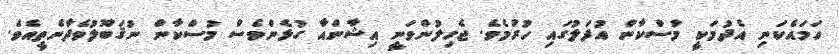
ހަމައެކަނި އެދުމަކީ މުސްކާން އުފަލުގައި ހުރުމެވެ. ޖެހިލުންވަނީ އިޝާންއާ ގުޅެންވެސް މުސްކާން ނުޤަބޫލުވެދާނެތީއެވެ.